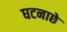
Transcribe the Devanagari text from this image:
घटनाछे